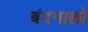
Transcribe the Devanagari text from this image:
बंदनालो